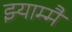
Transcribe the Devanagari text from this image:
झ्याम्मै